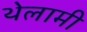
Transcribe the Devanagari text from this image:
थेलामी